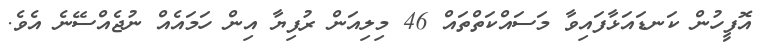
އޮފީހުން ކަނޑައަޅާފައިވާ މަސައްކަތްތައް 46 މިލިއަން ރުފިޔާ އިން ހަމައެއް ނުޖެއްސޭނެ އެވެ.